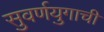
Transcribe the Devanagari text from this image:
सुवर्णयुगाची